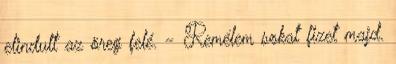
elindult az öreg felé. - Remélem sokat fizet majd.